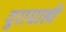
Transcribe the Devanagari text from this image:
दुराग्राही